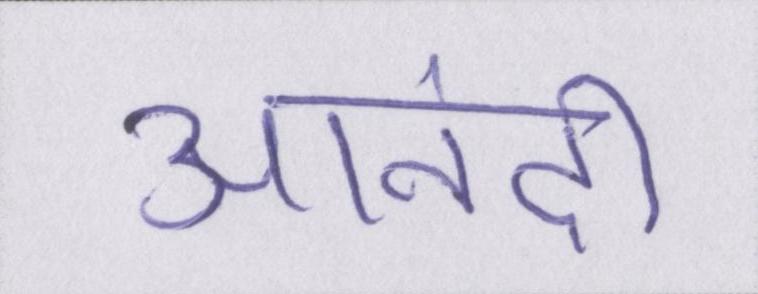
आनंदी